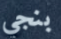
بنجي